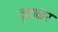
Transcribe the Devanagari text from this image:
वृताकर